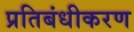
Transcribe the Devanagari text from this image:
प्रतिबंधीकरण